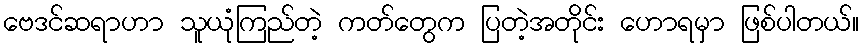
ဗေဒင်ဆရာဟာ သူယုံကြည်တဲ့ ကတ်တွေက ပြတဲ့အတိုင်း ဟောရမှာ ဖြစ်ပါတယ်။